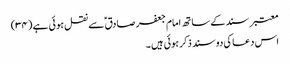
معتبر سند کے ساتھ امام جعفر صادق ؑ سے نقل ہو ئی ہے (۳۴)
اس دعا کی دو سند ذکر ہوئی ہیں ۔